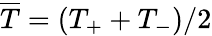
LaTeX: \overline{{T}}=\left(T_{+}+T_{-}\right)/2